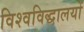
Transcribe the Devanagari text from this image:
विश्वविद्धालयों